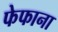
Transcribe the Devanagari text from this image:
फेफाना